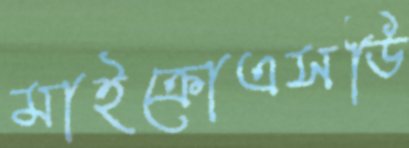
মাইক্রোএসডি